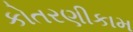
કોતરણીકામ